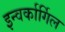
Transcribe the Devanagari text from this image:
इन्वर्कार्गिल